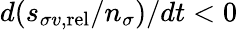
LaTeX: d(s_{\sigma v,\mathrm{rel}}/n_{\sigma})/dt<0